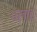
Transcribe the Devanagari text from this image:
पलाइ